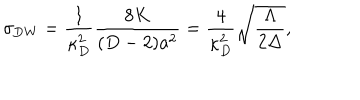
\sigma _ { \mathrm { D W } } = { \frac { 1 } { \kappa _ { D } ^ { 2 } } } { \frac { 8 K } { ( D - 2 ) a ^ { 2 } } } = { \frac { 4 } { \kappa _ { D } ^ { 2 } } } \sqrt { \frac { \Lambda } { 2 \Delta } } ,